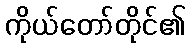
ကိုယ်တော်တိုင်၏